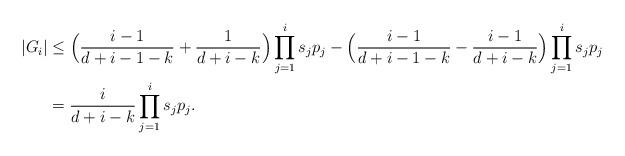
LaTeX: \begin{align*}|G_i| & \le \Big( \frac{i-1}{d+i-1-k} + \frac{1}{d+i-k} \Big) \prod_{j=1}^i s_j p_j- \Big( \frac{i-1}{d+i-1-k} - \frac{i-1}{d+i-k} \Big) \prod_{j=1}^i s_jp_j \\& = \frac{i}{d+i-k} \prod_{j=1}^i s_jp_j.\end{align*}